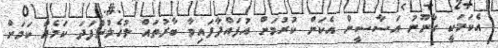
އެކަމަކީ ގާނޫނު އަސާސީން އެކަން ކުރުމަށް އުފައްދާފައިވާ ބާރުތައް ލުހެލުންފަދަ ކަމެއް ކަމަށް